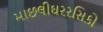
માછલીઘરરસિકો